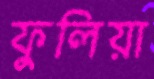
ফুলিয়া